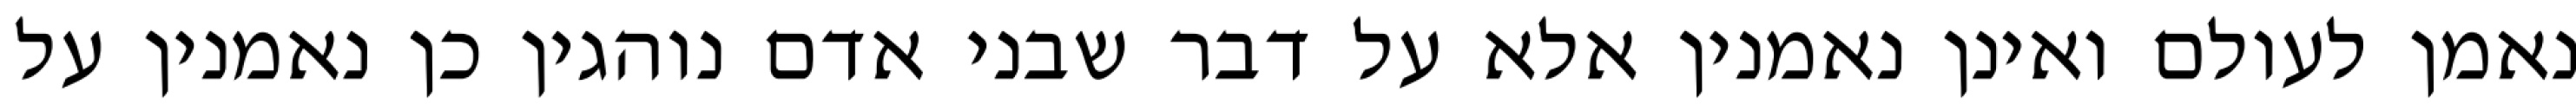
נאמן לעולם ואינן נאמנין אלא על דבר שבני אדם נוהגין כן נאמנין על